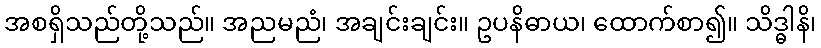
အစရှိသည်တို့သည်။ အညမညံ၊ အချင်းချင်း။ ဥပနိဓာယ၊ ထောက်စာ၍။ သိဒ္ဓါနိ၊